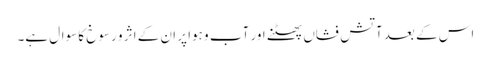
اس کے بعد آتش فشاں پھٹنے اور آب و ہوا پر ان کے اثر و رسوخ کا سوال ہے۔